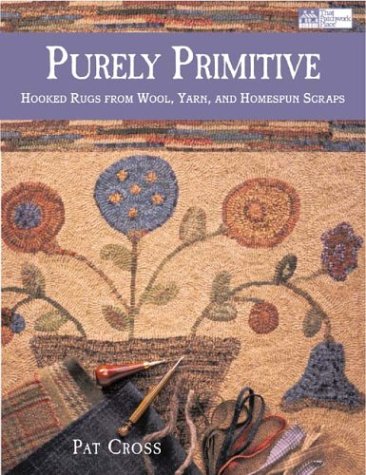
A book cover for Purely Primitive: Hooked Rugs from Wool, Yarn, and Homespun Scraps; Pat Cross; Crafts, Hobbies & Home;